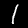
Label: 1